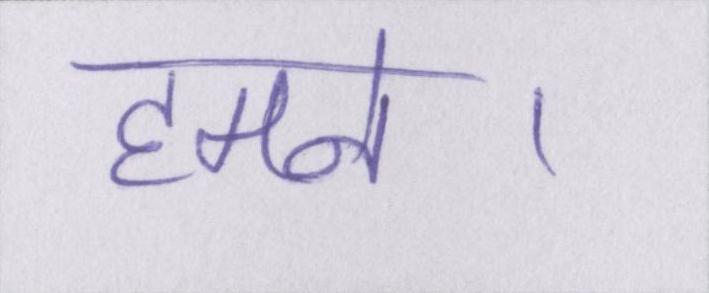
हमने।